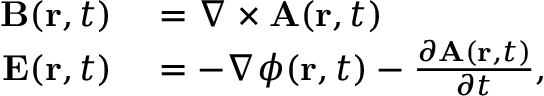
\begin{array} { r l } { \mathbf { B } ( \mathbf { r } , t ) } & { { } = { \boldsymbol { \nabla } } \times \mathbf { A } ( \mathbf { r } , t ) } \\ { \mathbf { E } ( \mathbf { r } , t ) } & { { } = - { \boldsymbol { \nabla } } \phi ( \mathbf { r } , t ) - { \frac { \partial \mathbf { A } ( \mathbf { r } , t ) } { \partial t } } , } \end{array}